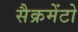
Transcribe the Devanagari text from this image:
सैक्रमेंटो